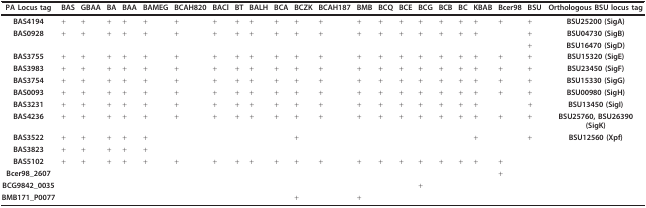
<table><thead><tr><td><b>PA Locus tag</b></td><td><b>BAS</b></td><td><b>GBAA</b></td><td><b>BA</b></td><td><b>BAA</b></td><td><b>BAMEG</b></td><td><b>BCAH820</b></td><td><b>BACl</b></td><td><b>BT</b></td><td><b>BALH</b></td><td><b>BCA</b></td><td><b>BCZK</b></td><td><b>BCAH187</b></td><td><b>BMB</b></td><td><b>BCQ</b></td><td><b>BCE</b></td><td><b>BCG</b></td><td><b>BCB</b></td><td><b>BC</b></td><td><b>KBAB</b></td><td><b>Bcer98</b></td><td><b>BSU</b></td><td><b>Orthologous BSU locus tag</b></td></tr></thead><tbody><tr><td><b>BAS4194</b></td><td>+</td><td>+</td><td>+</td><td>+</td><td>+</td><td>+</td><td>+</td><td>+</td><td>+</td><td>+</td><td>+</td><td>+</td><td>+</td><td>+</td><td>+</td><td>+</td><td>+</td><td>+</td><td>+</td><td>+</td><td>+</td><td><b>BSU25200 (SigA)</b></td></tr><tr><td><b>BAS0928</b></td><td>+</td><td>+</td><td>+</td><td>+</td><td>+</td><td>+</td><td>+</td><td>+</td><td>+</td><td>+</td><td>+</td><td>+</td><td>+</td><td>+</td><td>+</td><td>+</td><td>+</td><td>+</td><td>+</td><td></td><td>+</td><td><b>BSU04730 (SigB)</b></td></tr><tr><td></td><td></td><td></td><td></td><td></td><td></td><td></td><td></td><td></td><td></td><td></td><td></td><td></td><td></td><td></td><td></td><td></td><td></td><td></td><td></td><td></td><td>+</td><td><b>BSU16470 (SigD)</b></td></tr><tr><td><b>BAS3755</b></td><td>+</td><td>+</td><td>+</td><td>+</td><td>+</td><td>+</td><td>+</td><td>+</td><td>+</td><td>+</td><td>+</td><td>+</td><td>+</td><td>+</td><td>+</td><td>+</td><td>+</td><td>+</td><td>+</td><td>+</td><td>+</td><td><b>BSU15320 (SigE)</b></td></tr><tr><td><b>BAS3983</b></td><td>+</td><td>+</td><td>+</td><td>+</td><td>+</td><td>+</td><td>+</td><td>+</td><td>+</td><td>+</td><td>+</td><td>+</td><td>+</td><td>+</td><td>+</td><td>+</td><td>+</td><td>+</td><td>+</td><td>+</td><td>+</td><td><b>BSU23450 (SigF)</b></td></tr><tr><td><b>BAS3754</b></td><td>+</td><td>+</td><td>+</td><td>+</td><td>+</td><td>+</td><td>+</td><td>+</td><td>+</td><td>+</td><td>+</td><td>+</td><td>+</td><td>+</td><td>+</td><td>+</td><td>+</td><td>+</td><td>+</td><td>+</td><td>+</td><td><b>BSU15330 (SigG)</b></td></tr><tr><td><b>BAS0093</b></td><td>+</td><td>+</td><td>+</td><td>+</td><td>+</td><td>+</td><td>+</td><td>+</td><td>+</td><td>+</td><td>+</td><td>+</td><td>+</td><td>+</td><td>+</td><td>+</td><td>+</td><td>+</td><td>+</td><td>+</td><td>+</td><td><b>BSU00980 (SigH)</b></td></tr><tr><td><b>BAS3231</b></td><td>+</td><td>+</td><td>+</td><td>+</td><td>+</td><td>+</td><td>+</td><td>+</td><td>+</td><td>+</td><td>+</td><td>+</td><td>+</td><td>+</td><td>+</td><td>+</td><td>+</td><td>+</td><td>+</td><td></td><td>+</td><td><b>BSU13450 (SigI)</b></td></tr><tr><td><b>BAS4236</b></td><td>+</td><td>+</td><td>+</td><td>+</td><td>+</td><td>+</td><td>+</td><td>+</td><td>+</td><td>+</td><td>+</td><td>+</td><td>+</td><td>+</td><td>+</td><td>+</td><td>+</td><td>+</td><td>+</td><td>+</td><td>+</td><td><b>BSU25760, BSU26390 (SigK)</b></td></tr><tr><td><b>BAS3522</b></td><td>+</td><td>+</td><td>+</td><td>+</td><td>+</td><td></td><td></td><td></td><td></td><td></td><td>+</td><td></td><td></td><td></td><td></td><td></td><td></td><td></td><td>+</td><td></td><td>+</td><td><b>BSU12560 (Xpf)</b></td></tr><tr><td><b>BAS3823</b></td><td>+</td><td>+</td><td>+</td><td>+</td><td>+</td><td></td><td></td><td></td><td></td><td></td><td></td><td></td><td></td><td></td><td></td><td></td><td></td><td></td><td></td><td></td><td></td><td></td></tr><tr><td><b>BAS5102</b></td><td>+</td><td>+</td><td>+</td><td>+</td><td>+</td><td>+</td><td>+</td><td>+</td><td>+</td><td>+</td><td>+</td><td>+</td><td>+</td><td>+</td><td>+</td><td>+</td><td>+</td><td>+</td><td>+</td><td>+</td><td></td><td></td></tr><tr><td><b>Bcer98_2607</b></td><td></td><td></td><td></td><td></td><td></td><td></td><td></td><td></td><td></td><td></td><td></td><td></td><td></td><td></td><td></td><td></td><td></td><td></td><td></td><td>+</td><td></td><td></td></tr><tr><td><b>BCG9842_0035</b></td><td></td><td></td><td></td><td></td><td></td><td></td><td></td><td></td><td></td><td></td><td></td><td></td><td></td><td></td><td></td><td>+</td><td></td><td></td><td></td><td></td><td></td><td></td></tr><tr><td><b>BMB171_P0077</b></td><td></td><td></td><td></td><td></td><td></td><td></td><td></td><td></td><td></td><td></td><td>+</td><td></td><td>+</td><td></td><td></td><td></td><td></td><td></td><td></td><td></td><td></td><td></td></tr></tbody></table>